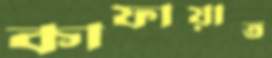
কাফায়াত